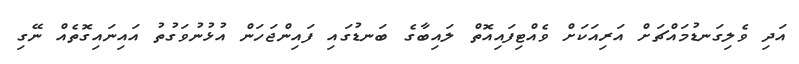
އަދި ވެލިގަނޑުމައްޗަށް އަރިއަކަށް ވެއްޓިފައިއޮތް ލައިބާގެ ބަނޑުގައި ފައިންޖަހަން އުޅުނުވަގުތު އައިނައިގޮތެއް ނޭގި